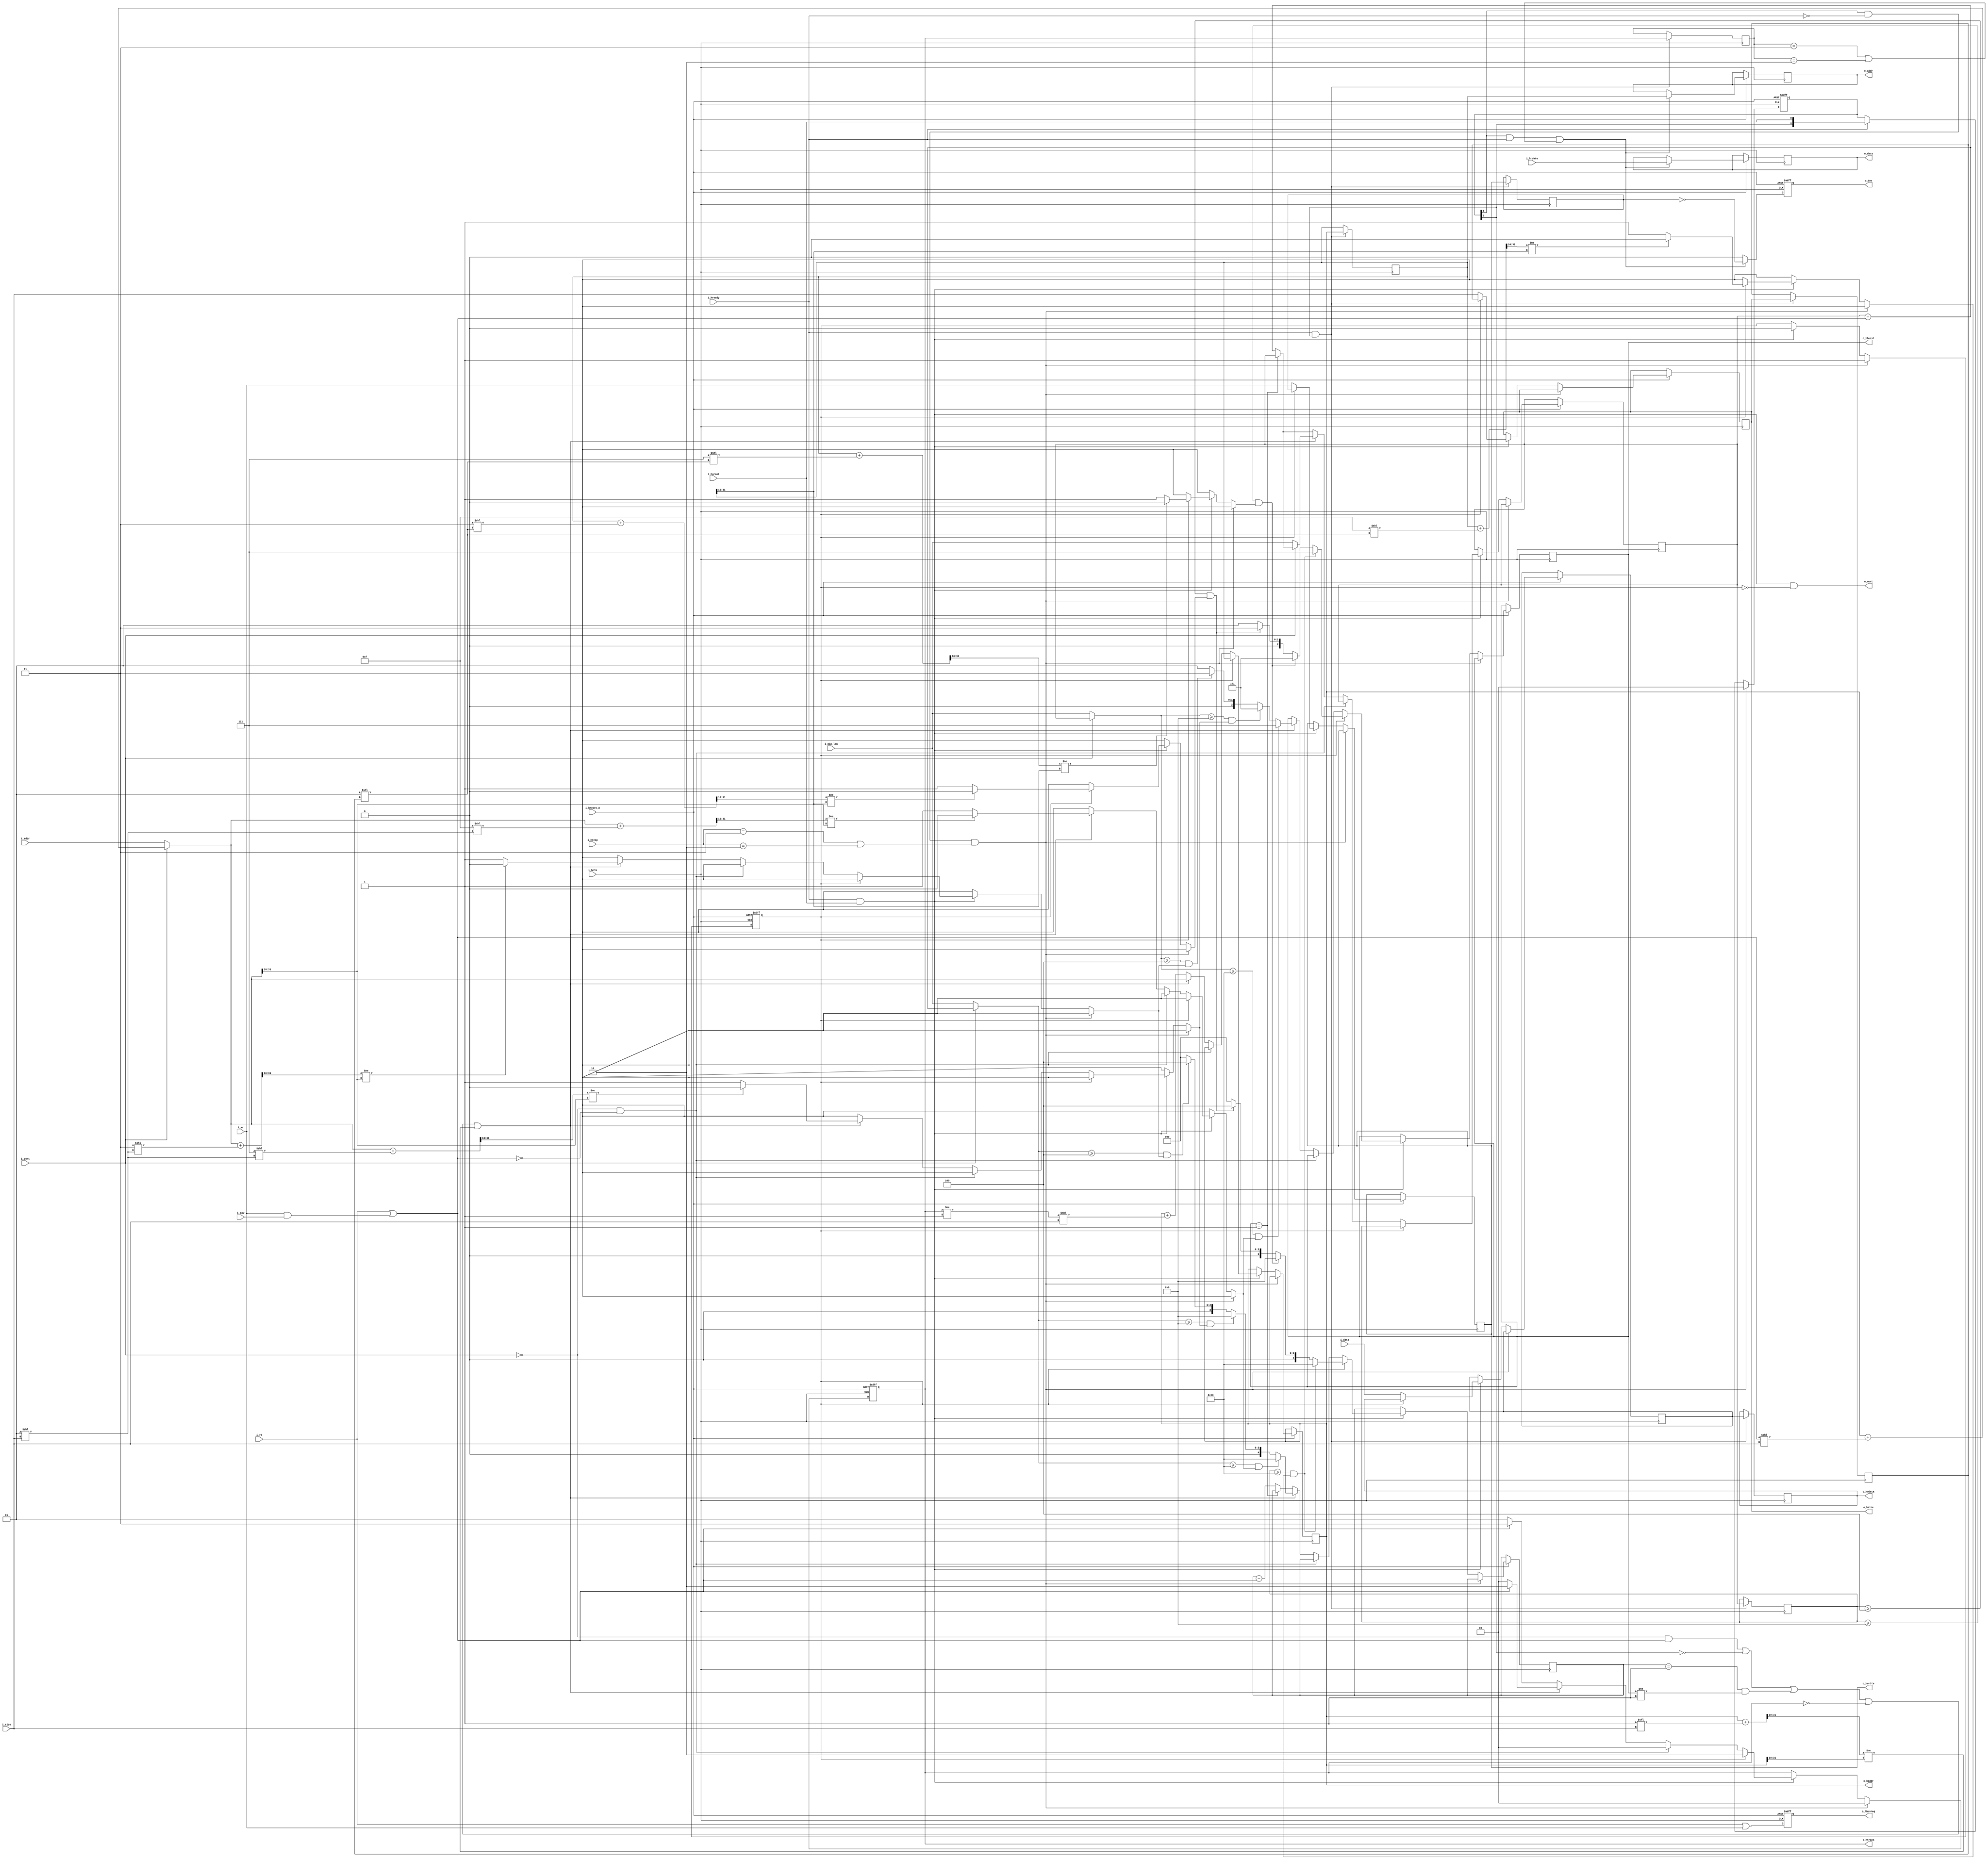
/******************************************************************************
 * Title                : AHB 2.0 Master
 *
 * License              : MIT license
 *
 * Target               : ASIC/FPGA
 *
 *
 * This RTL describes a generic AHB master with support for single and
 * burst transfers. Split/retry pipeline rollback is also supported.
 * The entire design is driven by a single clock i.e., AHB clock. A global
 * asynchronous active low reset is provided.
 *
 * ------->       NOTE: THE DESIGN IS IN AN EXPERIMENTAL STATE.   <----------
 *****************************************************************************
 *
 * MIT License
 * 
 * Copyright (C) 2017 Revanth Kamaraj
 * 
 * Permission is hereby granted, free of charge, to any person obtaining a copy
 * of this software and associated documentation files (the "Software"), to deal
 * in the Software without restriction, including without limitation the rights
 * to use, copy, modify, merge, publish, distribute, sublicense, and/or sell
 * copies of the Software, and to permit persons to whom the Software is
 * furnished to do so, subject to the following conditions:
 * 
 * The above copyright notice and this permission notice shall be included in all
 * copies or substantial portions of the Software.
 * 
 * THE SOFTWARE IS PROVIDED "AS IS", WITHOUT WARRANTY OF ANY KIND, EXPRESS OR
 * IMPLIED, INCLUDING BUT NOT LIMITED TO THE WARRANTIES OF MERCHANTABILITY,
 * FITNESS FOR A PARTICULAR PURPOSE AND NONINFRINGEMENT. IN NO EVENT SHALL THE
 * AUTHORS OR COPYRIGHT HOLDERS BE LIABLE FOR ANY CLAIM, DAMAGES OR OTHER
 * LIABILITY, WHETHER IN AN ACTION OF CONTRACT, TORT OR OTHERWISE, ARISING FROM,
 * OUT OF OR IN CONNECTION WITH THE SOFTWARE OR THE USE OR OTHER DEALINGS IN THE
 * SOFTWARE.
 *******************************************************************************/

module ahb_master #(parameter DATA_WDT = 32, parameter BEAT_WDT = 32) (

        /************************
         * AHB interface.
         ************************/
        input                   i_hclk,
        input                   i_hreset_n,
        output reg [31:0]       o_haddr,
        output reg [2:0]        o_hburst,
        output reg [1:0]        o_htrans,
        output reg[DATA_WDT-1:0]o_hwdata,
        output reg              o_hwrite,
        output reg [2:0]        o_hsize,
        input     [DATA_WDT-1:0]i_hrdata,
        input                   i_hready,
        input      [1:0]        i_hresp,
        input                   i_hgrant,
        output reg              o_hbusreq,

        /************************
         * User interface.
         ************************/

        output reg              o_next,   // UI must change only if this is 1.
        input     [DATA_WDT-1:0]i_data,   // Data to write. Can change during burst if o_next = 1.
        input                   i_dav,    // Data to write valid. Can change during burst if o_next = 1.
        input      [31:0]       i_addr,   // Base address of burst.
        input      [2:0]        i_size,   // Size of transfer. Like hsize.
        input                   i_wr,     // Write to AHB bus.
        input                   i_rd,     // Read from AHB bus.
        input     [BEAT_WDT-1:0]i_min_len,// Minimum guaranteed length of burst.
        input                   i_cont,   // Current transfer continues previous one.
        output reg[DATA_WDT-1:0]o_data,   // Data got from AHB is presented here.
        output reg[31:0]        o_addr,   // Corresponding address is presented here.
        output reg              o_dav     // Used as o_data valid indicator.
); 

/*
 * NOTE: You can change UI signals at any time if the unit is IDLING.
 *
 * NOTE: o_next is a combinational signal.
 *
 * NOTE: When reset is released, the signals on the UI should represent an
 * IDLING state. From there onwards, you can change the UI at any time but once
 * you change it, further changes can be made only if o_next = 1. You could
 * perhaps connect o_next to read_enable of a FIFO.
 *
 * To go to IDLE, you must follow this...
 *      To set the unit to IDLE mode, make 
 *              i_cont = 0, i_rd = 0 and i_wr = 0 (or) 
 *              i_wr = 1 and i_dav = 0.
 * on o_next = 1. As mentioned above, you change UI signals without having
 * o_next = 1 but once changed you must change them again only when o_next = 1.
 *
 * NOTE: The first UI request of a burst must have valid data provided in case
 * of a write.  You CANNOT start a burst with the first UI request having
 * wr = 1 and dav = 0.
 *
 * NOTE: Most UI inputs should be held constant during a burst.
 */

/********************
 * Localparams
 ********************/

/*
 * SINGLE, WRAPs are currently UNUSED.
 * Single transfers are treated as bursts of length 1 which is acceptable.
 */
localparam [1:0] IDLE   = 0;
localparam [1:0] BUSY   = 1;
localparam [1:0] NONSEQ = 2;
localparam [1:0] SEQ    = 3;
localparam [1:0] OKAY   = 0;
localparam [1:0] ERROR  = 1;
localparam [1:0] SPLIT  = 2;
localparam [1:0] RETRY  = 3;
localparam [2:0] SINGLE = 0; /* Unused. Done as a burst of 1. */
localparam [2:0] INCR   = 1;
localparam [2:0] WRAP4  = 2;
localparam [2:0] INCR4  = 3;
localparam [2:0] WRAP8  = 4;
localparam [2:0] INCR8  = 5;
localparam [2:0] WRAP16 = 6;
localparam [2:0] INCR16 = 7;
localparam [2:0] BYTE   = 0;
localparam [2:0] HWORD  = 1;
localparam [2:0] WORD   = 2; /* 32-bit */
localparam [2:0] DWORD  = 3; /* 64-bit */
localparam [2:0] BIT128 = 4; 
localparam [2:0] BIT256 = 5; 
localparam [2:0] BIT512 = 6;
localparam [2:0] BIT1024 = 7;

/* Abbreviations. */
localparam D = DATA_WDT-1;
localparam B = BEAT_WDT-1;

/******************
 * Flip-flops.
 ******************/

reg [4:0]  burst_ctr;       // Small counter to keep track of current burst count.
reg [B:0]  beat_ctr;        // Counter to keep track of word/beat count.

/* Pipeline flip-flops. */ 
reg [1:0]  gnt;        
reg [2:0]  hburst;      // Only for stage 1. 
reg [D:0]  hwdata [1:0];
reg [31:0] haddr  [1:0];
reg [1:0]  htrans [1:0];
reg [1:0]  hwrite;     
reg [2:0]  hsize  [1:0];
reg [B:0]  beat;        // Only for stage 2.

/* Tracks if we are in a pending state. */
reg        pend_split;

/***********************
 * Signal aliases.
 ***********************/ 

/* Detects the first cycle of split and retry. */
wire spl_ret_cyc_1 = gnt[1] && !i_hready && (i_hresp == RETRY || i_hresp == SPLIT);

/* Inputs are valid only if there is a read or if there is a write with valid data. */
wire rd_wr         = i_rd || (i_wr && i_dav);

/* Detects that 1k boundary condition will be crossed on next address */
wire b1k_spec      = (haddr[0] + (1 << i_size)) >> 10 != haddr[0][31:10];

/*******************
 * Misc. logic.
 *******************/ 

/* Output drivers. */
always @* {o_haddr, o_hburst, o_htrans, o_hwdata, o_hwrite, o_hsize} = 
          {haddr[0], hburst, htrans[0], hwdata[1], hwrite[0], hsize[0]};

/* UI must change only if this is 1. */
always @* o_next = (i_hready && i_hgrant && !pend_split);

/***********************
 * Grant tracker.
 ***********************/
/* Passes grant throughout  the pipeline. */
always @ (posedge i_hclk or negedge i_hreset_n)
begin
        if ( !i_hreset_n )
                gnt <= 2'd0;
        else if ( spl_ret_cyc_1 )
                gnt <= 2'd0; /* A split retry cycle 1 will invalidate the pipeline. */
        else if ( i_hready )
                gnt <= {gnt[0], i_hgrant};
end

/**************************
 * Bus request
 **************************/ 
always @ (posedge i_hclk or negedge i_hreset_n)
begin
        /* Request bus when doing reads/writes else do not request bus */
        if ( !i_hreset_n )
                o_hbusreq <= 1'd0;
        else
                o_hbusreq <= i_rd | i_wr;
end

/******************************
 * Address phase. Stage I.
 ******************************/
always @ (posedge i_hclk or negedge i_hreset_n)
begin
        if ( !i_hreset_n )
        begin
                /* Signal IDLE on reset. */
                htrans[0]  <= IDLE;
                pend_split <= 1'd0;
        end
        else if ( spl_ret_cyc_1 ) /* Split retry cycle I */
        begin
                htrans[0] <= IDLE;
                pend_split <= 1'd1;
        end
        else if ( i_hready && i_hgrant )
        begin
                pend_split <= 1'd0; /* Any pending split will be cleared */

                if ( pend_split )
                begin
                        /* If there's a pending split, perform a pipeline rollback */

                        {hwdata[0], hwrite[0], hsize[0]} <= {hwdata[1], hwrite[1], hsize[1]};

                        haddr[0]  <= haddr[1];
                        hburst    <= compute_hburst   (beat, haddr[1], hsize[1]);
                        htrans[0] <= NONSEQ;
                        burst_ctr <= compute_burst_ctr(beat, haddr[1], hsize[1]);
                        beat_ctr  <= beat;
                end
                else
                begin
                        {hwdata[0], hwrite[0], hsize[0]} <= {i_data, i_wr, i_size}; 

                        if ( !i_cont && !rd_wr ) /* Signal IDLE. */
                        begin
                                htrans[0] <= IDLE;
                        end
                        else if ( (!i_cont && rd_wr) || !gnt[0] || (burst_ctr == 1 && o_hburst != INCR) 
                                     || htrans[0] == IDLE || b1k_spec )
                        begin
                                /* We need to recompute the burst type here */

                                haddr[0]  <= !i_cont ? i_addr : haddr[0] + (rd_wr << i_size);
                                hburst    <= compute_hburst   (!i_cont ? i_min_len : beat_ctr,    
                                                               !i_cont ? i_addr : haddr[0] + (rd_wr << i_size) , i_size);
                                htrans[0] <= rd_wr ? NONSEQ : IDLE;

                                burst_ctr <= compute_burst_ctr(!i_cont ? i_min_len : beat_ctr - rd_wr, 
                                                               !i_cont ? i_addr : haddr[0] + (rd_wr << i_size) , i_size); 

                                beat_ctr  <= !i_cont ? i_min_len : ((hburst == INCR) ? beat_ctr : beat_ctr - rd_wr); 
                        end
                        else
                        begin
                                /* We are in a normal burst. No need to change HBURST. */

                                haddr[0]  <= haddr[0] + ((htrans[0] != BUSY) << i_size);
                                htrans[0] <= rd_wr ? SEQ : BUSY;
                                burst_ctr <= o_hburst == INCR ? burst_ctr : (burst_ctr - rd_wr);
                                beat_ctr  <= o_hburst == INCR ? beat_ctr  : (beat_ctr  - rd_wr);
                        end
                end 
        end
end

/******************************
 * HWDATA phase. Stage II.
 ******************************/
always @ (posedge i_hclk)
begin
        if ( i_hready && gnt[0] )
                {hwdata[1], haddr[1], hwrite[1], hsize[1], htrans[1], beat} <= 
                {hwdata[0], haddr[0], hwrite[0], hsize[0], htrans[0], beat_ctr};                 
end

/********************************
 * HRDATA phase. Stage III.
 ********************************/
always @ (posedge i_hclk or negedge i_hreset_n)
begin
        if ( !i_hreset_n )
                o_dav <= 1'd0;
        else if ( gnt[1] && i_hready && (htrans[1] == SEQ || htrans[1] == NONSEQ) )
        begin
                o_dav  <= !hwrite[1];
                o_data <= i_hrdata;
                o_addr <= haddr[1];
        end
        else
                o_dav <= 1'd0;
end

/*****************************
 * Functions.
 *****************************/
function [2:0] compute_hburst (input [B:0] val, input [31:0] addr, input [2:0] sz);
begin
        compute_hburst =        (val >= 16 && no_cross(addr, 15, sz)) ? INCR16 :
                                (val >= 8  && no_cross(addr, 7, sz))  ? INCR8 :
                                (val >= 4  && no_cross(addr, 3, sz))  ? INCR4 : INCR;

        $display($time, "val = %d, addr = %d, sz = %d, compute_hburst = %d", val, addr, sz, compute_hburst);
end
endfunction

function [4:0] compute_burst_ctr(input [B:0] val, input [31:0] addr, input [2:0] sz);
begin
        compute_burst_ctr =     (val >= 16 && no_cross(addr, 15, sz)) ? 5'd16 :
                                (val >= 8  && no_cross(addr, 7, sz))  ? 5'd8  :
                                (val >= 4 && no_cross(addr, 3, sz))   ? 5'd4  : 5'd0;

        $display($time, "val = %d, addr = %d, sz = %d, compute_burst_ctr = %d", val, addr, sz, compute_burst_ctr);
end
endfunction

function no_cross(input [31:0] addr, input [31:0] val, input [2:0] sz);
        if ( addr + (val << (1 << sz )) >> 10 != addr[31:10] )
                no_cross = 1'd0; // Crossed!
        else
                no_cross = 1'd1; // Not crossed
endfunction

/////////////////////////////// END OF RTL. START OF DEBUG CODE /////////////////////////////////////////////////////

/*******************************************************************************************************************
 *              NOTE : CODE BELOW IS FOR DEBUG ONLY. DO NOT DEFINE SIM WHEN SYNTHESIZING THE DESIGN
 ******************************************************************************************************************/
`ifdef SIM // Define SIM only during verification.

wire [31:0] beat_ctr_nxt = !i_cont ? (i_min_len - rd_wr) : ((hburst == INCR) ? beat_ctr : beat_ctr - rd_wr);

initial
begin
        $display($time,"DEBUG MODE ENABLED! PLEASE MONITOR CAPITAL SIGNALS IN VCD...");
end

`ifndef STRING
        `define STRING reg [256*8-1:0]
`endif

`STRING HBURST;
`STRING HTRANS;
`STRING HSIZE;
`STRING HRESP;

always @*
begin
        case(o_hburst)
        INCR:   HBURST = "INCR";
        INCR4:  HBURST = "INCR4";
        INCR8:  HBURST = "INCR8";
        INCR16: HBURST = "INCR16";
        default:HBURST = "<----?????--->";
        endcase 

        case(o_htrans)
        SINGLE: HTRANS = "IDLE";
        BUSY:   HTRANS = "BUSY";  
        SEQ:    HTRANS = "SEQ";   
        NONSEQ: HTRANS = "NONSEQ";
        default:HTRANS = "<----?????--->";
        endcase 

        case(i_hresp)
        OKAY:   HRESP = "OKAY";
        ERROR:  HRESP = "ERROR";
        SPLIT:  HRESP = "SPLIT";
        RETRY:  HRESP = "RETRY";
        default: HRESP = "<---?????---->";
        endcase

        case(o_hsize)
        BYTE    : HSIZE = "8BIT";
        HWORD   : HSIZE = "16BIT";
        WORD    : HSIZE = "32BIT"; // 32-bit
        DWORD   : HSIZE = "64BIT"; // 64-bit
        BIT128  : HSIZE = "128BIT"; 
        BIT256  : HSIZE = "256BIT"; 
        BIT512  : HSIZE = "512BIT";
        BIT1024 : HSIZE = "1024BIT";
        default : HSIZE = "<---?????--->";
        endcase
end

`endif

endmodule